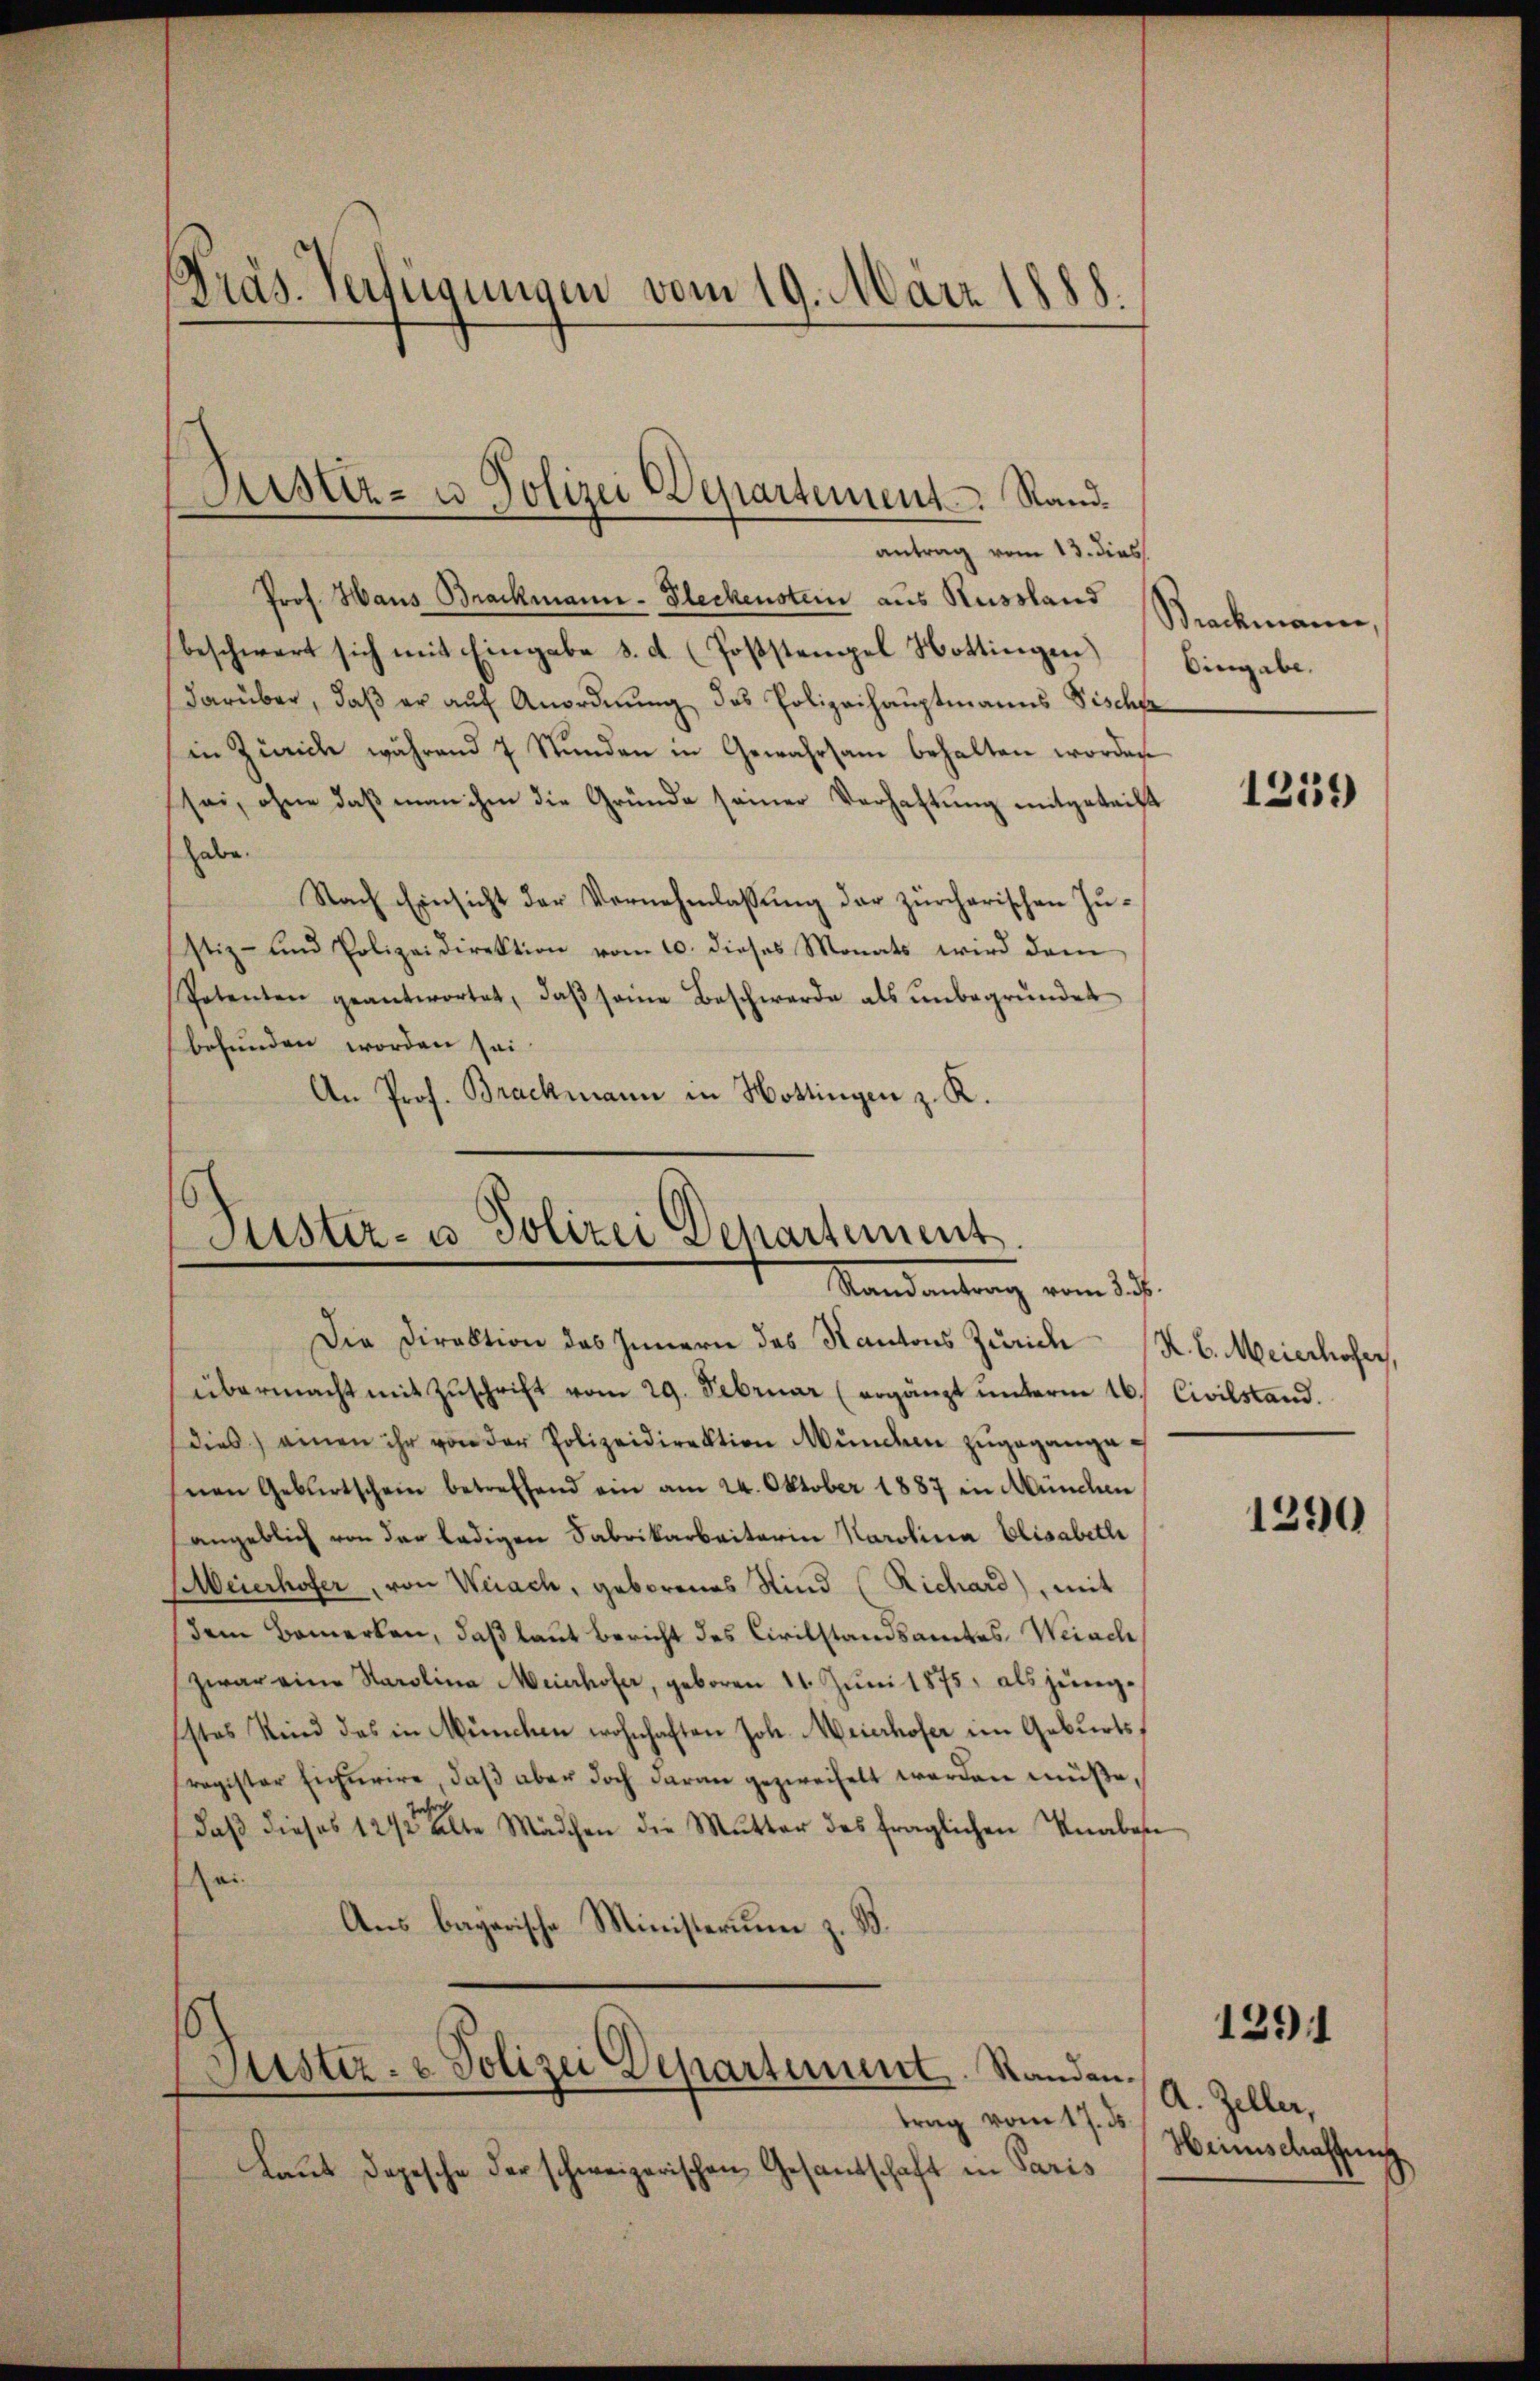
Präs. Verfügungen vom 19. März 1888.

Prof. Haus Brackmann-Fleckenstein aus Russland
beschwert sich mit Eingabe d. d. (Poststempel Hottingen
darüber, daß er auf Anordnung des Polizeihauptmanns Fische
in Zürich während 7 Stunden in Gewahrsam behalten worden
sei, ohne daß man ihm die Gründe seiner Verhaftung mitgetrift
habe.
Nach Einsicht der Vernehmlassung der zürcherischen Justiz- und Polizeidirektion vom 10. dieses Monats wird dem
Petenten geantwortet, daβ seine Beschwerde als ŭnbegründet
befunden worden sei
An Prof. Brackmann in Hottingen z. R.

Rustiz- u Polizei Departement. Standantrag vom 13. dies

Puster- u Polizei Departement.
Randantrag vom 27.

Die Direktion des Innern das Kantons Zürich K. B. Meierhofer,
übermacht mit Zŭschrift vom 29. Februar (ergänzt unterm 16. Civilstand.
dies einen ihr von der Polizeidirektion Mündern zŭgegangehnen Gebŭrtschein betreffend ein am 24. Oktober 1887 in Münden
angeblich von der ledigen Fabrikarbeiterin Karolina Elisabetli
Meierhofer, von Weiach, geborenes Sind (Richard), mit
dem Bemerken, daß laut Bericht des Civilstandsamtes Weiach,
zwar eine Karolina Meierhofer, geboren 11. Juni 1875, als jüngstes Kind das in München wohnhaften Joh. Meierhofer im Geburtsragister Eicurire, daß aber doch daran gezweifelt werden müße,
daß dieses 1272 alte Mädchen die Mutter des fraglichen Knaben
ei
Aus bayerische Ministerium z. B.

¬
Justiz- & Polizei Departement. Standen.
trag vom 17. ds.

Laut Depesche der schweizerischen Gesandschaft in Paris

Brockmann,
Eingabe.

1259)

1290

1291

A. Zeller,
Heinschaffung